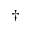
^ { \dagger }